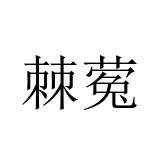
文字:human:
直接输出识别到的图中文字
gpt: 棘蒬